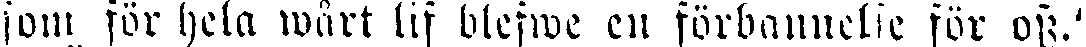
som för hela wårt lif blefwe en förbannelse för oss."